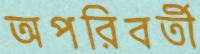
অপরিবর্তী